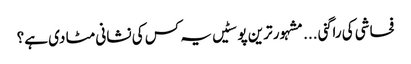
فحاشی کی راگنی ...	مشہور ترین پوسٹیں	یہ کس کی نشانی مٹا دی ہے؟